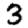
Digit: 3